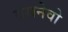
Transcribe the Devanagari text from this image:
बसनेवो